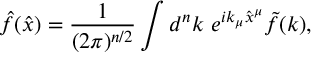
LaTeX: \hat { f } ( \hat { x } ) = \frac { 1 } { ( 2 \pi ) ^ { n / 2 } } \int d ^ { n } k ~ e ^ { i k _ { \mu } \hat { x } ^ { \mu } } \tilde { f } ( k ) ,